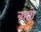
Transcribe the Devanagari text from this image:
बह्यो